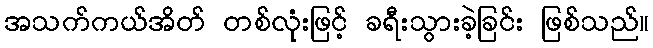
အသက်ကယ်အိတ် တစ်လုံးဖြင့် ခရီးသွားခဲ့ခြင်း ဖြစ်သည်။